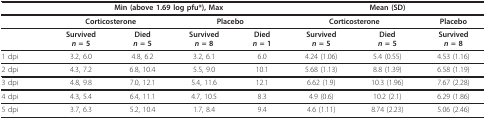
<table><thead><tr><td></td><td colspan="4"><b>Min (above 1.69 log pfu*), Max</b></td><td colspan="3"><b>Mean (SD)</b></td></tr></thead><tbody><tr><td></td><td colspan="2"><b>Corticosterone</b></td><td colspan="2"><b>Placebo</b></td><td colspan="2"><b>Corticosterone</b></td><td><b>Placebo</b></td></tr><tr><td></td><td><b>Survived</b><b><i>n </i>= 5</b></td><td><b>Died</b><b><i>n </i>= 5</b></td><td><b>Survived</b><b><i>n </i>= 8</b></td><td><b>Died</b><b><i>n </i>= 1</b></td><td><b>Survived</b><b><i>n </i>= 5</b></td><td><b>Died</b><b><i>n </i>= 5</b></td><td><b>Survived</b><b><i>n </i>= 8</b></td></tr><tr><td>1 dpi</td><td>3.2, 6.0</td><td>4.8, 6.2</td><td>3.2, 6.1</td><td>6.0</td><td>4.24 (1.06)</td><td>5.4 (0.55)</td><td>4.53 (1.16)</td></tr><tr><td>2 dpi</td><td>4.3, 7.2</td><td>6.8, 10.4</td><td>5.5, 9.0</td><td>10.1</td><td>5.68 (1.13)</td><td>8.8 (1.39)</td><td>6.58 (1.19)</td></tr><tr><td>3 dpi</td><td>4.8, 9.8</td><td>7.0, 12.1</td><td>5.4, 11.6</td><td>12.1</td><td>6.62 (1.9)</td><td>10.3 (1.96)</td><td>7.67 (2.28)</td></tr><tr><td>4 dpi</td><td>4.3, 5.4</td><td>6.4, 11.1</td><td>4.7, 10.5</td><td>8.3</td><td>4.9 (0.6)</td><td>10.2 (2.1)</td><td>6.29 (1.86)</td></tr><tr><td>5 dpi</td><td>3.7, 6.3</td><td>5.2, 10.4</td><td>1.7, 8.4</td><td>9.4</td><td>4.6 (1.11)</td><td>8.74 (2.23)</td><td>5.06 (2.46)</td></tr></tbody></table>